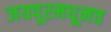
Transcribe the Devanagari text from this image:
जयपूरमधूनच